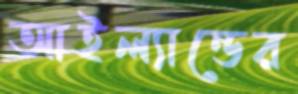
আইল্যান্ডের